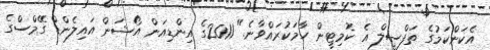
އެކަންކަމުގެ ތަފްސީލް އެ ކޮމިޓީން ހާމަކުރައްވާނެ." 2011ގެ އިންޑިއަން އޯޝަން އައިލެންޑް ގޭމްސްގެ